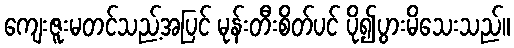
ကျေးဇူးမတင်သည့်အပြင် မုန်းတီးစိတ်ပင် ပို၍ပွားမိသေးသည်။